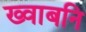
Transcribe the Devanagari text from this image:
ख्वाबनि